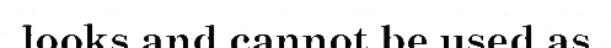
looks and cannot be used as